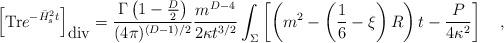
LaTeX: \begin{align*}\left[\mbox{Tr}e^{-\bar{H}^2_st}\right]_{\mbox{div}}={\Gamma\left(1-\frac D2\right) \over (4\pi)^{(D-1)/2}} {m^{D-4} \over 2\kappa t^{3/2}} \int_{\Sigma}\left[\left(m^2-\left(\frac 16 -\xi\right)R\right)t-{P \over 4\kappa^2}\right]~~~,\end{align*}